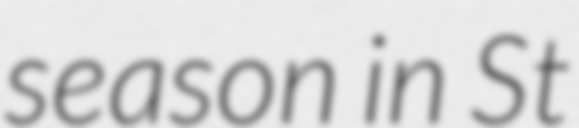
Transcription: season in St